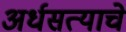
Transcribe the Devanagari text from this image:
अर्धसत्याचे